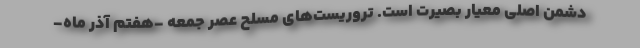
دشمن اصلی معیار بصیرت است. تروریست‌های مسلح عصر جمعه -هفتم آذر ماه-